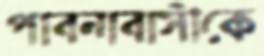
পাবনাবাসীকে